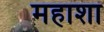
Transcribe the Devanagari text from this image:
महाशा